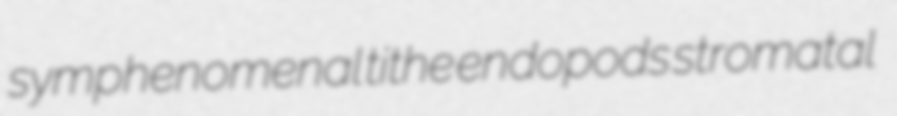
symphenomenal tithe endopods stromatal